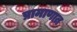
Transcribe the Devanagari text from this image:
प्रामाणात